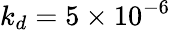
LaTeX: k_{d}=5\times 10^{-6}